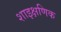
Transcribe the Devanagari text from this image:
शाइक्षणिक